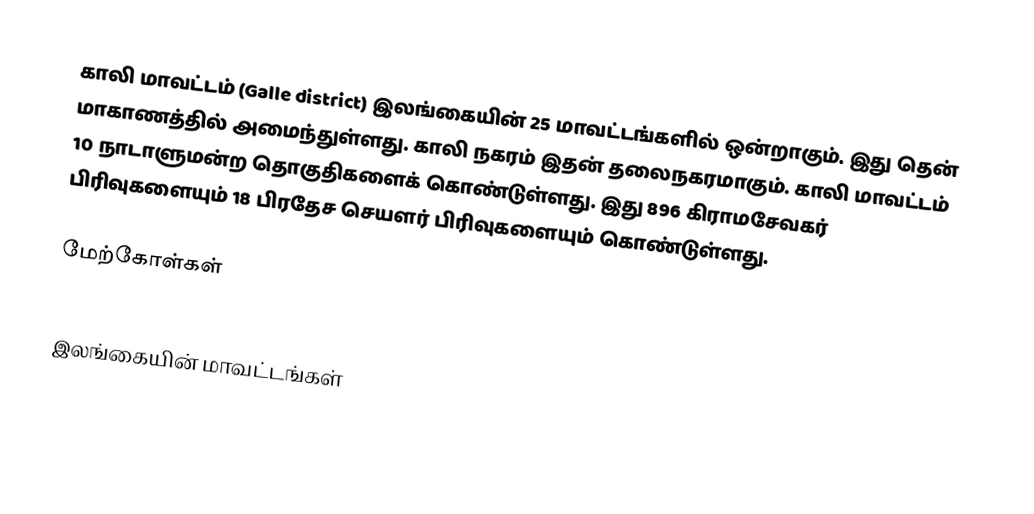
காலி மாவட்டம் (Galle district) இலங்கையின் 25 மாவட்டங்களில் ஒன்றாகும். இது தென் மாகாணத்தில் அமைந்துள்ளது. காலி நகரம் இதன் தலைநகரமாகும். காலி மாவட்டம் 10 நாடாளுமன்ற தொகுதிகளைக் கொண்டுள்ளது. இது  896 கிராமசேவகர் பிரிவுகளையும் 18 பிரதேச செயளர் பிரிவுகளையும் கொண்டுள்ளது.

மேற்கோள்கள்

இலங்கையின் மாவட்டங்கள்